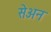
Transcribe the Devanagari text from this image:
सेअन